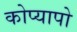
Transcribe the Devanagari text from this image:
कोप्यापो